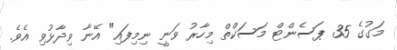
މަގުގެ 35 ޕަސެންޓް މަސަކްތް މިހާރު ވަނީ ނިމިފައި" އޭނާ ވިދާޅުވި އެވެ.